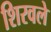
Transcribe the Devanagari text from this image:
शिरवले